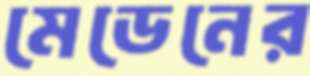
মেডেনের